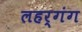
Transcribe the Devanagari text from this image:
लहर्गंग